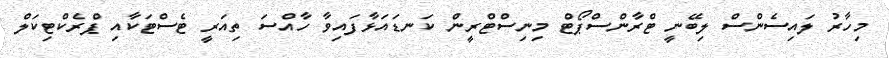
މިހާރު ލައިސެންސް ލިބޭނީ ޓްރާންސްޕޯޓް މިނިސްޓްރީން ކަނޑައަޅާފައިވާ ހާއްސަ ތިއަރީ ޓެސްޓަކާއި ޕްރެކްޓިކަލް